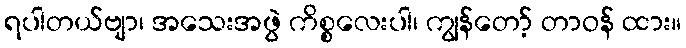
ရပါတယ်ဗျာ၊ အသေးအဖွဲ ကိစ္စလေးပါ၊ ကျွန်တော့် တာဝန် ထား။